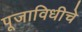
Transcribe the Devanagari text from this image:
पूजाविधीचे